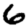
Digit: 6